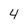
Character: 4